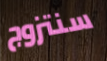
سنتزوج